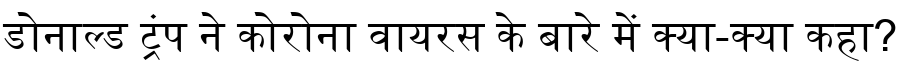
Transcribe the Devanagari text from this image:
डोनाल्ड ट्रंप ने कोरोना वायरस के बारे में क्या-क्या कहा?